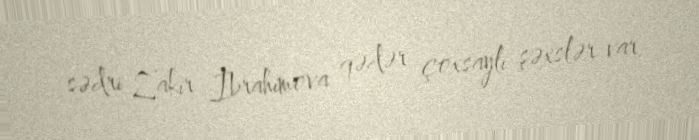
sədri Zakir İbrahimova qədər çoxsaylı şəxslər var.